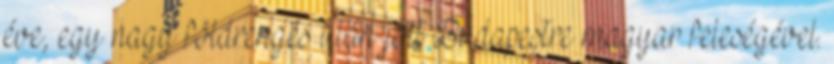
éve, egy nagy földrengés után jött Budapestre magyar feleségével.